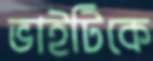
ভাইটিকে